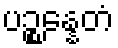
ပဉ္စန္နေတံ